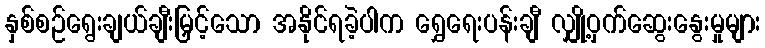
နှစ်စဉ်ရွေးချယ်ချီးမြှင့်သော အနိုင်ရခဲ့ပါက ရွှေရေးပန်းချီ လျှို့ဝှက်ဆွေးနွေးမှုများ